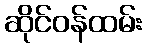
ဆိုင်ဝန်ထမ်း